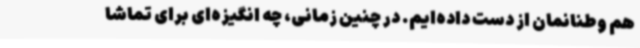
هم وطنانمان از دست داده‌ایم. در چنین زمانی، چه انگیزه‌ای برای تماشا